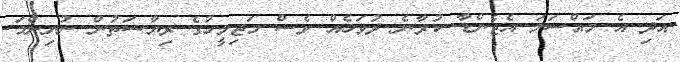
އަދި އެ މައްސަލަ އެޖެންޑާ ކުރާނެ ދުވަހެއް ވެސް މަޖިލީހުގެ ރިޔާސަތުން ނުނިންމަ